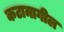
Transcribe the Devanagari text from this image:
कटामागील